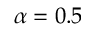
\alpha = 0 . 5